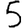
Digit: 5